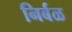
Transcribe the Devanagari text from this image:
निर्बळ